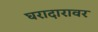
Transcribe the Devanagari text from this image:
घरादारावर